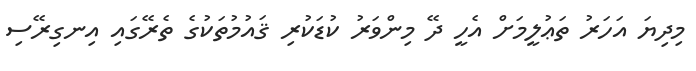
މިދިޔަ އަހަރު ތަޢުލީމަށް އެހީ ދޭ މިންވަރު ކުޑަކުރި ޤައުމުތަކުގެ ތެރޭގައި އިނގިރޭސި